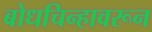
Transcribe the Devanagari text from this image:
बोधचिन्हावरून